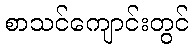
စာသင်ကျောင်းတွင်